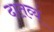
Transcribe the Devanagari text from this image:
दातव्यं